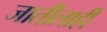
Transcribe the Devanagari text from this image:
जातीलाही